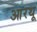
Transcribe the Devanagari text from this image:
आरथू